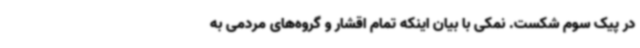
در پیک سوم شکست. نمکی با بیان اینکه تمام اقشار و گروه‌های مردمی به